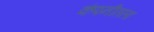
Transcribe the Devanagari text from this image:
कंपनीतला